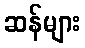
ဆန်များ